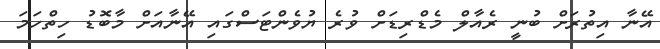
އޭނާ އިތުރަށް ބުނީ ރެއާލް މެޑްރިޑަށް ވުރެ ޔުވެންޓަސްގައި އޭނާއަށް މާބޮޑު ހިތްހަމަ